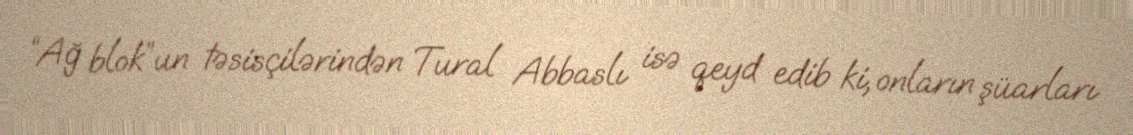
“Ağ blok”un təsisçilərindən Tural Abbaslı isə qeyd edib ki, onların şüarları